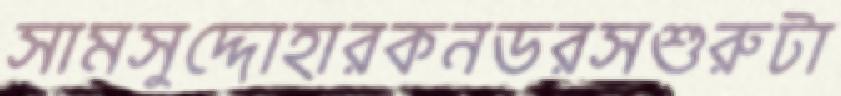
সামসুদ্দোহারকনডরসশুরুটা